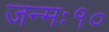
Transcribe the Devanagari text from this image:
जन्मः१०